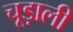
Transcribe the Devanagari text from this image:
चूड़ाली